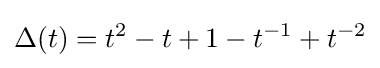
\Delta (t)=t^{2}-t+1-t^{-1}+t^{-2}